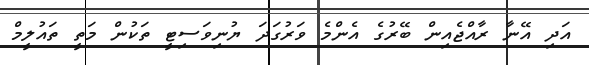
އަދި އޭނާ ރާއްޖެއިން ބޭރުގެ އެންމެ ވަރުގަދަ ޔުނިވަސިޓީ ތަކުން މަތީ ތައުލީމް